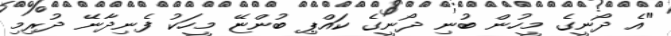
"އެ ދޯނީގެ މީހުން ބުނި ދޯނީގެ ކައްޕި ބުންޏޭ މީހަކު ފެނިދާނޭ ދުރިމި